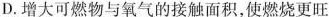
D.增大可燃物与氧气的接触面积，使燃烧更旺